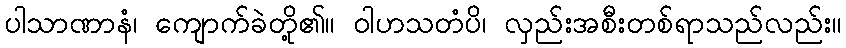
ပါသာဏာနံ၊ ကျောက်ခဲတို့၏။ ဝါဟသတံပိ၊ လှည်းအစီးတစ်ရာသည်လည်း။